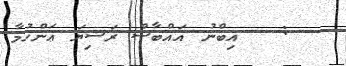
:   އިބްނު އައްބާސް ރަޟިޔަ ޢަންހުމާ